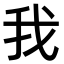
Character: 我